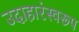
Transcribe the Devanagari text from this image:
उदाहारंस्वरूप